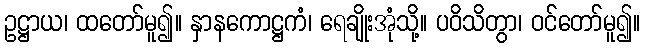
ဥဋ္ဌာယ၊ ထတော်မူ၍။ နှာနကောဋ္ဌကံ၊ ရေချိုးအုံသို့။ ပဝိသိတွာ၊ ဝင်တော်မူ၍။